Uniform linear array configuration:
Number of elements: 64
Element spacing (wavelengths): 0.25
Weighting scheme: cosine
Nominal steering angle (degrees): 30
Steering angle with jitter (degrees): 28.028
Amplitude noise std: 0.05
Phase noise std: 0.05

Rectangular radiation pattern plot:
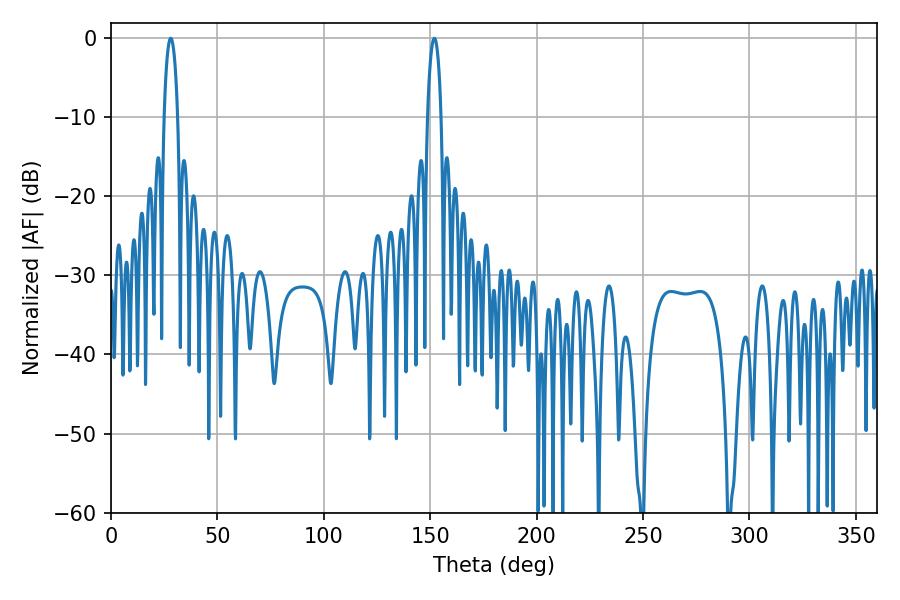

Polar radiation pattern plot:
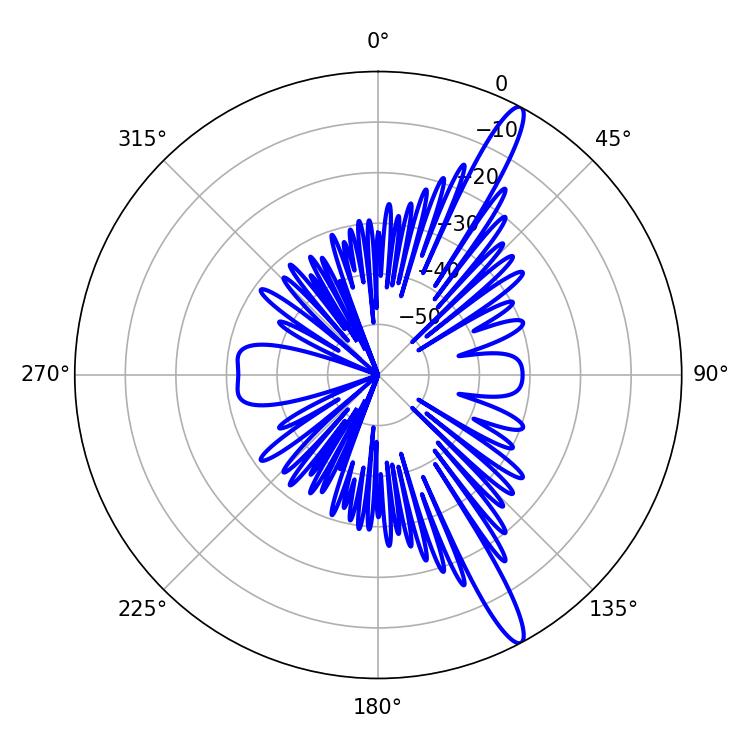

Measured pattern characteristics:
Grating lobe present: FALSE
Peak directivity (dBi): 14.745
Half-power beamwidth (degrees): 3.6
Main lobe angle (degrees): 28.08